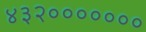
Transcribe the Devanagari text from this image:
४३२०००००००